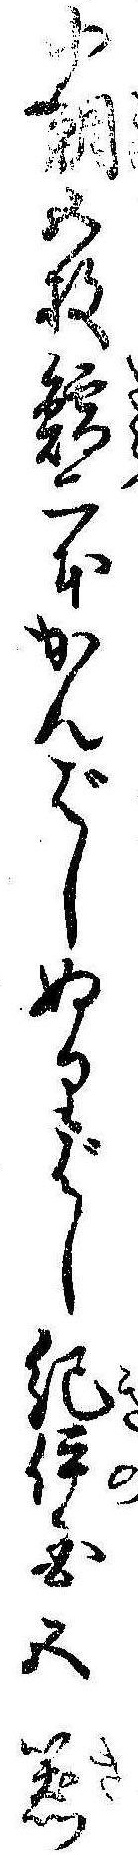
小鯛五枚鱈二本かんばしぬりばし紀伊国五器